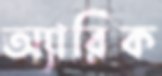
অ্যারিক